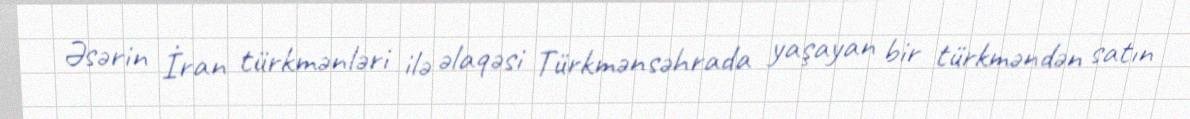
Əsərin İran türkmənləri ilə əlaqəsi Türkmənsəhrada yaşayan bir türkməndən satın